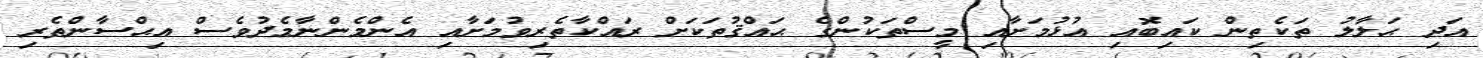
އަދި ޙަލާލު ތަކެތިން ކައިބޮއި އުޅުމަށާއި މީސްތަކުންގެ ޙައްޤުތަކަށް ރައްކާތެރިވުމަށާއި އެންމެންނާމެދުވެސް އިޙްސާންތެރި